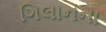
ગિલાનના